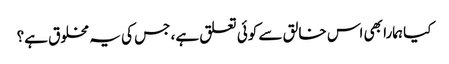
کیا ہمارا بھی اس خالق سے کوئی تعلق ہے، جس کی یہ مخلوق ہے؟